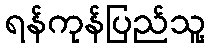
ရန်ကုန်ပြည်သူ့